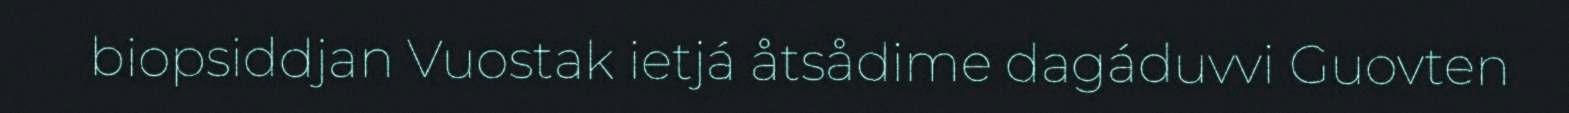
biopsiddjan Vuostak ietjá åtsådime dagáduvvi Guovten